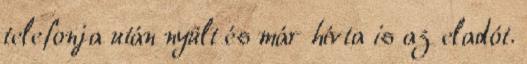
telefonja után nyúlt és már hívta is az eladót.